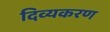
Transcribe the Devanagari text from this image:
दिव्यकरण